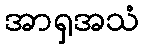
အာရှအသံ